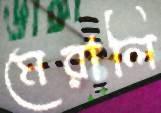
মেরালি